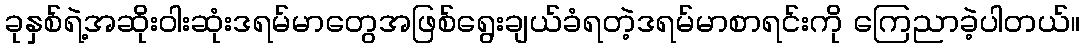
ခုနှစ်ရဲ့အဆိုးဝါးဆုံးဒရမ်မာတွေအဖြစ်ရွေးချယ်ခံရတဲ့ဒရမ်မာစာရင်းကို ကြေညာခဲ့ပါတယ်။